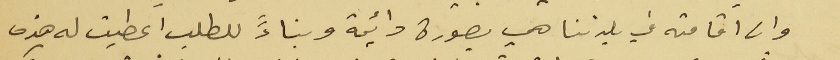
وان اقامته في بلدتنا هي بصورة دائمة وبناءً للطلب اعطيت له هذه